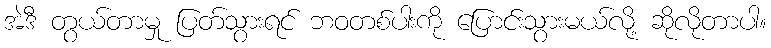
အဲဒီ တွယ်တာမှု ပြတ်သွားရင် ဘဝတစ်ပါးကို ပြောင်းသွားမယ်လို့ ဆိုလိုတာပါ။